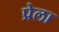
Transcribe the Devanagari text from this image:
प्रेला